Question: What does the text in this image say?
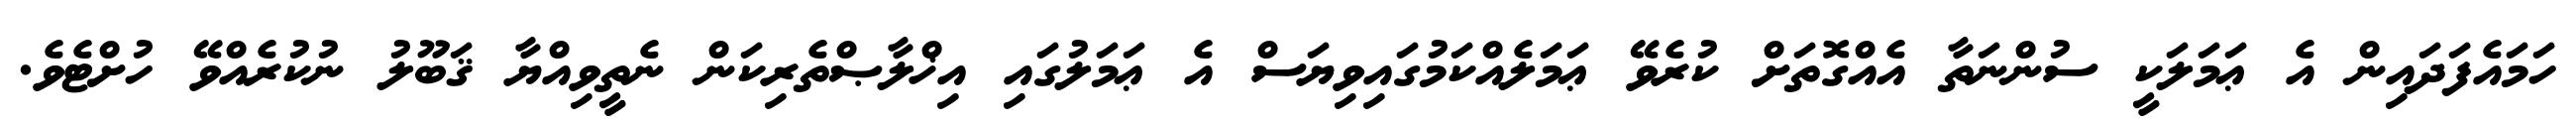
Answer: ހަމައެފަދައިން އެ ޢަމަލަކީ ސުންނަތާ އެއްގޮތަށް ކުރެވޭ ޢަމަލެއްކަމުގައިވިޔަސް އެ ޢަމަލުގައި އިޚްލާޞްތެރިކަން ނެތީވިއްޔާ ޤަބޫލު ނުކުރެއްވޭ ހުށްޓެވެ.